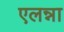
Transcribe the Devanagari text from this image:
एलन्ना